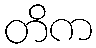
တိက